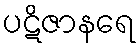
ပဋိဇာနရေ